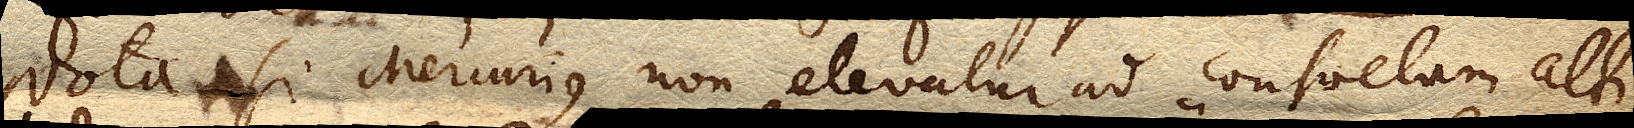
Nota si Mercurius non elevatur ad consuetam alti–